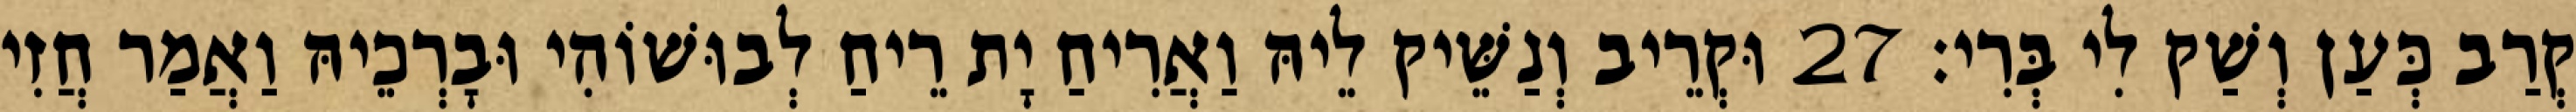
קְרַב כְּעַן וְשַׁק לִי בְּרִי׃ 27 וּקְרֵיב וְנַשֵּׁיק לֵיהּ וַאֲרִיחַ יָת רֵיחַ לְבוּשׁוֹהִי וּבָרְכֵיהּ וַאֲמַר חֲזִי